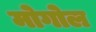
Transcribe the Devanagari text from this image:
मोगोल